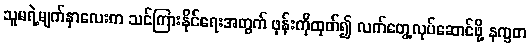
သူမရဲ့မျက်နှာလေးက သင်ကြားနိုင်ရေးအတွက် ဖုန်းကိုထုတ်၍ လက်တွေ့လုပ်ဆောင်ဖို့ နက္ခတ